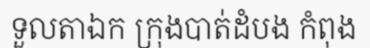
ទួលតាឯក ក្រុងបាត់ដំបង កំពុង